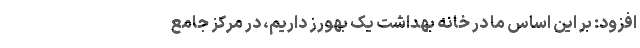
افزود: بر این اساس ما در خانه بهداشت یک بهورز داریم، در مرکز جامع